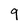
Character: 9